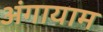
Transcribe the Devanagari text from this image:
अंगायाम